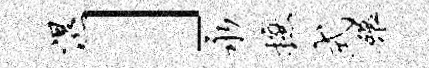
湿」永摭式碾